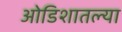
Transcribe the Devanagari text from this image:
ओडिशातल्या